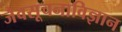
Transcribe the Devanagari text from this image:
जैवसूचनाविज्ञान